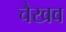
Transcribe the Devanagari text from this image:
चैखव